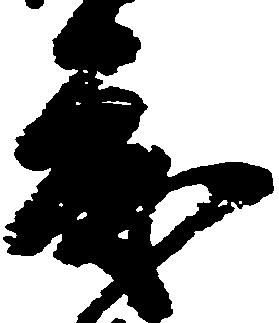
度